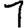
Digit: 1